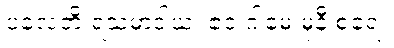
ပလေတိ ရသမာဒါယ၊ ဧဝံ ဂါမေ မုနီ စရေ။